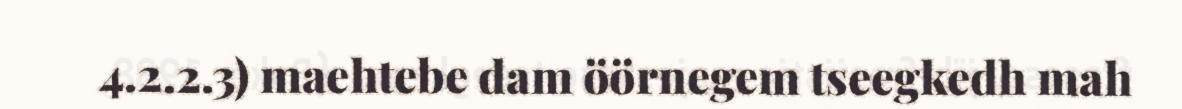
4.2.2.3) maehtebe dam öörnegem tseegkedh mah